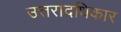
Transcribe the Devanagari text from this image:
उत्तरादधिकार